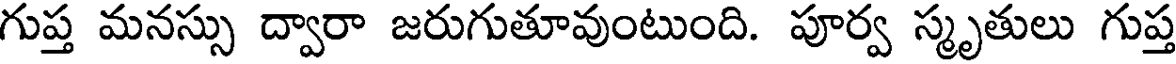
గుప్త మనస్సు ద్వారా జరుగుతూవుంటుంది. పూర్వ స్మృతులు గుప్త